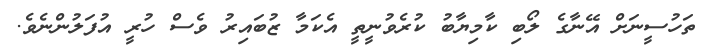
ތަހުސީނަށް އޭނާގެ ލޯބި ކާމިޔާބު ކުރެވުނީތީ އެކަމާ ޒުބައިރު ވެސް ހުރީ އުފަލުންނެވެ.